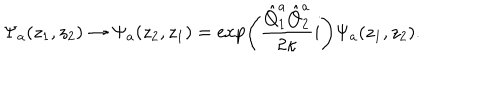
\Psi _ { a } ( z _ { 1 } , z _ { 2 } ) \rightarrow \Psi _ { a } ( z _ { 2 } , z _ { 1 } ) = \exp \left( \frac { \hat { Q } _ { 1 } ^ { a } \hat { Q } _ { 2 } ^ { a } } { 2 \kappa } i \right) \Psi _ { a } ( z _ { 1 } , z _ { 2 } ) .